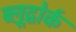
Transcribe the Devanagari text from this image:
ब्लूद्वोर्क